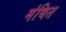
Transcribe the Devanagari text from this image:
मंथित